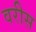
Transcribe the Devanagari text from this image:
वरीस